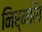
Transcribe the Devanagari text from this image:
निर्मलि